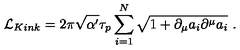
{ \cal L } _ { K i n k } = 2 \pi \sqrt { \alpha ^ { \prime } } \tau _ { p } \sum _ { i = 1 } ^ { N } \sqrt { 1 + \partial _ { \mu } a _ { i } \partial ^ { \mu } a _ { i } } \ .